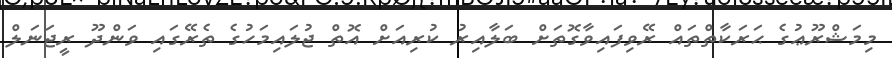
މިމަޝްރޫޢުގެ ޙަރަކާތްތައް ރޭވިފައިވާގޮތަށް ބަލާއިރު ކުރިއަށް އޮތް ޖުލައިމަހުގެ ތެރޭގައި ވަންދޫ ރީޖަނަލް